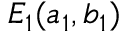
E _ { 1 } ( a _ { 1 } , b _ { 1 } )